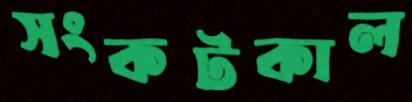
সংকটকাল